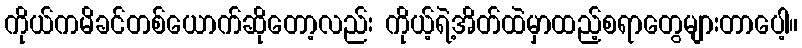
ကိုယ်ကမိခင်တစ်ယောက်ဆိုတော့လည်း ကိုယ့်ရဲ့အိတ်ထဲမှာထည့်စရာတွေများတာပေါ့။